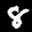
Label: 8